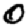
Digit: 0